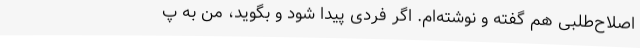
اصلاح‌طلبی هم گفته و نوشته‌ام. اگر فردی پیدا شود و بگوید، من به پ